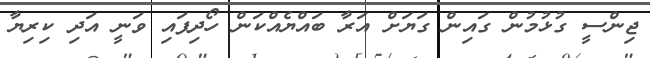
ޖިންސީ ގުޅުމުން ގައިން ގަޔަށް އަރާ ބައްޔެއްކަން ހޯދިފައި ވަނީ އަދި ކިރިޔާ